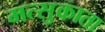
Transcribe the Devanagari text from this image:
मत्सुकाता